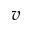
\boldsymbol { v }